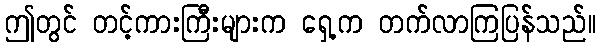
ဤတွင် တင့်ကားကြီးများက ရှေ့က တက်လာကြပြန်သည်။